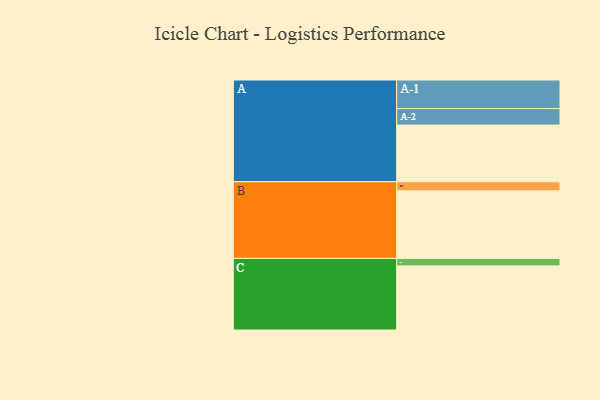
{"axis": {"x": "Segment", "y": "Value"}, "legend": ["", "A", "B", "C"], "data": [{"x": "A", "y": 491, "type": ""}, {"x": "B", "y": 586, "type": ""}, {"x": "C", "y": 556, "type": ""}, {"x": "A-1", "y": 248, "type": "A"}, {"x": "A-2", "y": 143, "type": "A"}, {"x": "B-1", "y": 79, "type": "B"}, {"x": "C-1", "y": 65, "type": "C"}]}